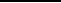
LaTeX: \rule{5ex}{0.2ex}